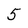
Character: 5